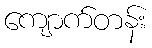
ကျောက်တန်း